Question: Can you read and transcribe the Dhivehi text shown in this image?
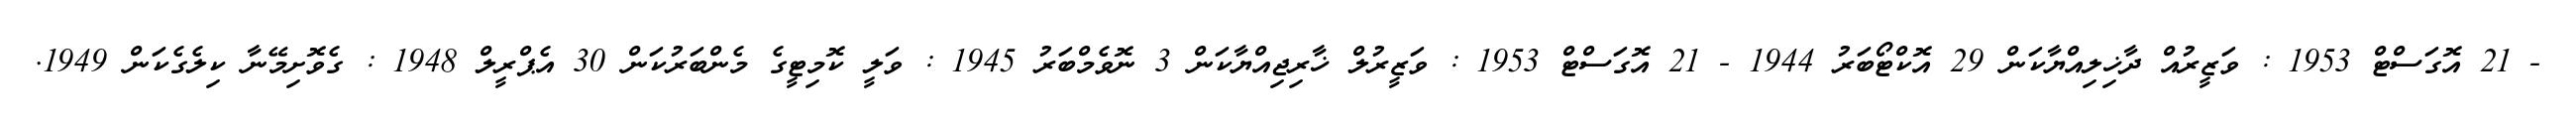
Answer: - 21 އޮގަސްޓް 1953 : ވަޒީރުއް ދާޚިލިއްޔާކަން 29 އޮކްޓޯބަރު 1944 - 21 އޮގަސްޓް 1953 : ވަޒީރުލް ޚާރިޖިއްޔާކަން 3 ނޮވެމްބަރު 1945 : ވަލީ ކޮމިޓީގެ މެންބަރުކަން 30 އެޕްރީލް 1948 : ގެވޮށިމޭނާ ކިލެގެކަން 1949.